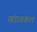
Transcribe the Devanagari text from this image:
खंडावकल